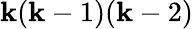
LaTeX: \mathbf{k}(\mathbf{k}-1)(\mathbf{k}-2)